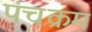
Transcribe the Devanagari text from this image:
पंचक्रम